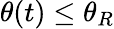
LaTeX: \theta(t)\leq\theta_{R}